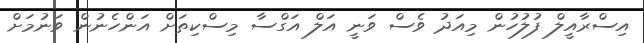
އިސްރާއީލް ފުލުހުން މިއަދު ވެސް ވަނީ އަލް އަގްސާ މިސްކިތަށް އަންހެނުން ވަނުމަށް